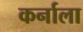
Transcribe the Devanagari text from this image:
कर्नाला